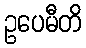
ဥပေမီတိ